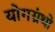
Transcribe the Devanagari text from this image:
योगग्रंथो